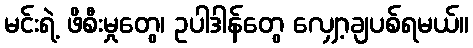
မင်းရဲ့ ဖိစီးမှုတွေ၊ ဥပါဒါန်တွေ လျှော့ချပစ်ရမယ်။